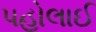
પહોલાઈ